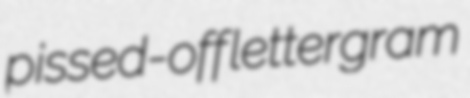
pissed-off lettergram